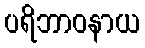
ပရိဘာဝနာယ